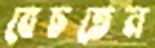
বেচতেন